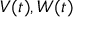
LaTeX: \mathbf { } V ( t ) , W ( t )